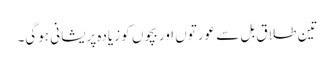
تین طلاق بل سے عورتوں اور بچوں کو زیادہ پریشانی ہوگی۔